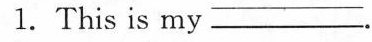
1.This is my ___.